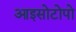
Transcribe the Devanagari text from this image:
आइसोटोपो